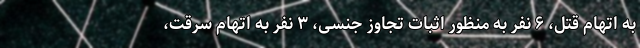
به اتهام قتل، ۶ نفر به منظور اثبات تجاوز جنسی، ۳ نفر به اتهام سرقت،